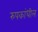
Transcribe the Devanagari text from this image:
रुपकांधील